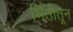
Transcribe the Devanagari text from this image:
भिंतीतून